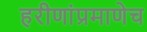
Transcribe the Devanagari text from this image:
हरीणांप्रमाणेच